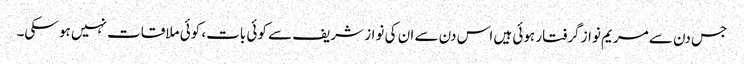
جس دن سے مریم نواز گرفتار ہوئی ہیں اس دن سے ان کی نواز شریف سے کوئی بات، کوئی ملاقات نہیں ہو سکی۔